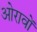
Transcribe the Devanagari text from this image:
ओरावों